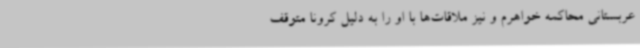
عربستانی محاکمه خواهرم و نیز ملاقات‌ها با او را به دلیل کرونا متوقف